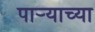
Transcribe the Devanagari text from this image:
पार्‍याच्या